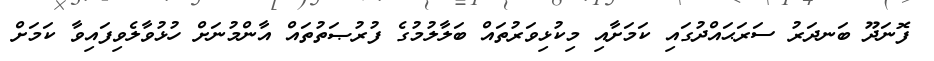
ފޮނަދޫ ބަނދަރު ސަރަޙައްދުގައި ކަމަށާއި މިކުޅިވަރުތައް ބަލާލުމުގެ ފުރުޞަތުތައް އާންމުނަށް ހުޅުވާލެވިފައިވާ ކަމަށް